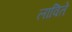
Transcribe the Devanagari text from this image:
लाविते